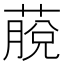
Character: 𦸍